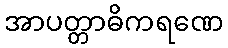
အာပတ္တာဓိကရဏေ